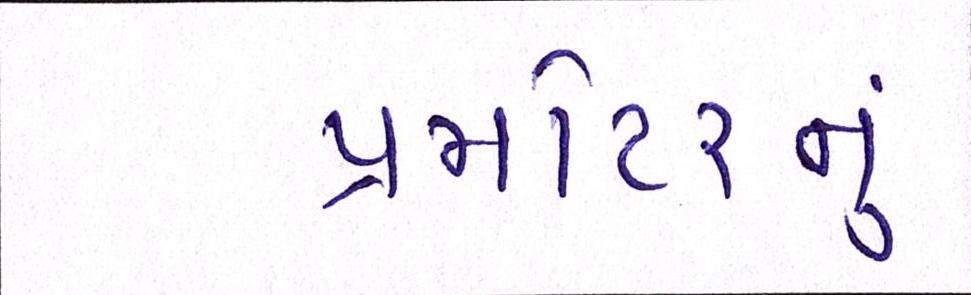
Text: પ્રમોટરનું